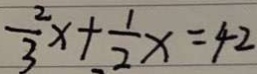
\frac { 2 } { 3 } x + \frac { 1 } { 2 } x = 4 2